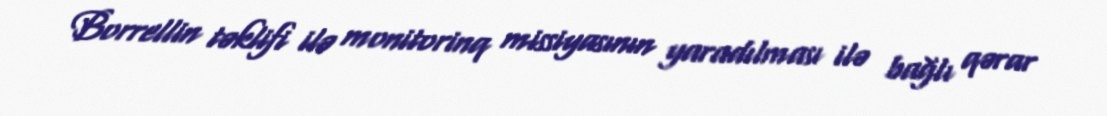
Borrellin təklifi ilə monitorinq missiyasının yaradılması ilə bağlı qərar